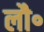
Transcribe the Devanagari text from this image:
लौ॰